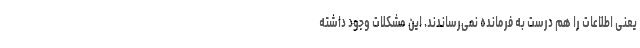
یعنی اطلاعات را هم درست به فرمانده نمی‌رساندند. این مشکلات وجود داشته